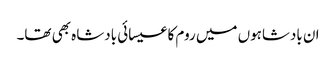
ان بادشاہوں میں روم کا عیسائی بادشاہ بھی تھا۔